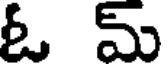
ఓ మ్